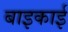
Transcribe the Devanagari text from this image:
बाइकाई